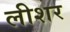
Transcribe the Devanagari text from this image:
लीशर